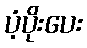
ပံ့ပိုးပေး